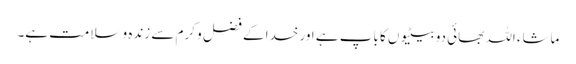
ماشاء اللہ بھائی دو بیٹیوں کا باپ ہے اور خدا کے فضل و کرم سے زندہ و سلامت ہے۔